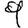
Digit: 9